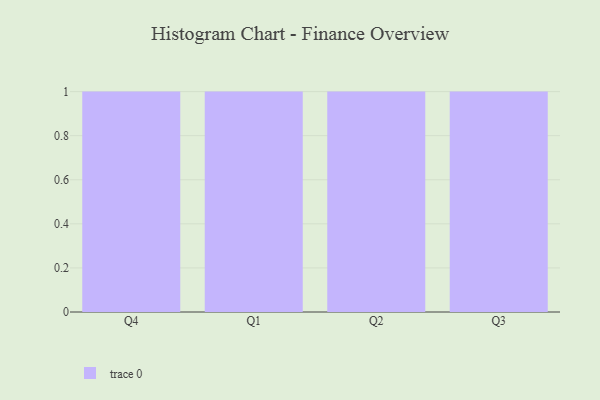
{"axis": {"x": "Quarter", "y": "Waste Production (Tons)"}, "legend": [""], "data": [{"x": "Q4", "y": 36, "type": ""}, {"x": "Q1", "y": 61, "type": ""}, {"x": "Q2", "y": 100, "type": ""}, {"x": "Q3", "y": 94, "type": ""}]}